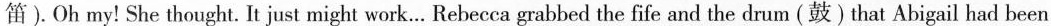
笛).Oh my! She thought. It just might work.. Rebecca grabbed the fife and the drum (鼓) that Abigail had been